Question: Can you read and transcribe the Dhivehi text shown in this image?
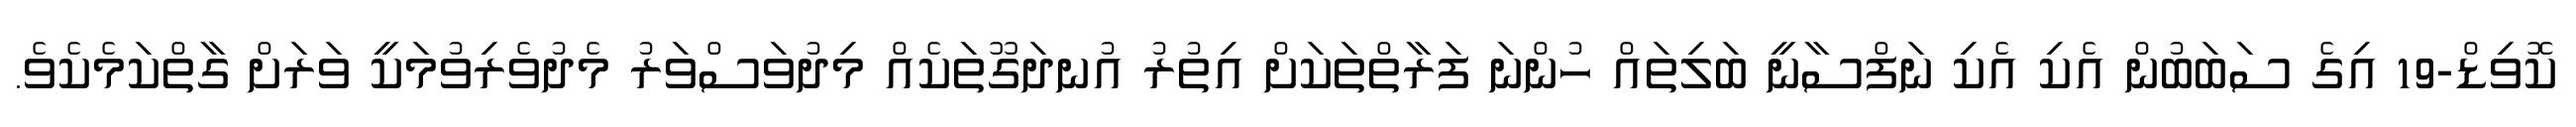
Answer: ކޮވިޑް-19 އިގެ ސަބަބުން އެކި އެކި ނަފްސާނީ ބަލިތައް ހުންނަ ފަރާތްތަކަށް އިތުރު އުނދަގޫތަކެއް މިދުވަސްވަރު މެދުވެރިވުމަކީ ވަރަށް ގާތްކަމެކެވެ.